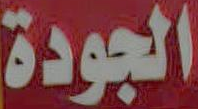
الجودة